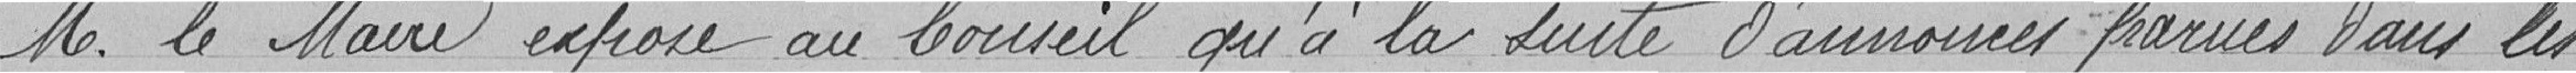
Monsieur le Maire expose au Conseil qu'à la suite d'annonces parues dans les